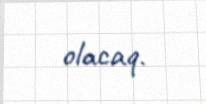
olacaq.